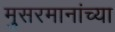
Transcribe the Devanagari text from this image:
मुसरमानांच्या